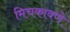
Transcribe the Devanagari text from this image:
मिचकावणे